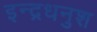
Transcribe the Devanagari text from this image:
इन्द्रधनुश